Source: Handwritten
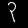
Digit: ၃ (3)